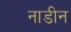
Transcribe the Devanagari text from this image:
नाडीन